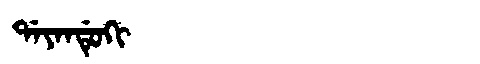
Manchu: ᡩᠠᠶᠠᠨᡩᡠᡴᡳ
Romanization: DAYANDUKI